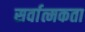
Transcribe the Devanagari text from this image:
सर्वात्मकता